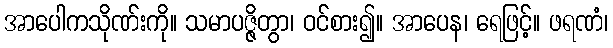
အာပေါကသိုဏ်းကို။ သမာပဇ္ဇိတွာ၊ ဝင်စား၍။ အာပေန၊ ရေဖြင့်။ ဖရဏံ၊